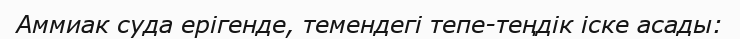
Аммиак суда ерігенде, темендегі тепе-теңдік іске асады: